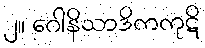
၂။ ဂေါနိသာဒိကကုဋိ